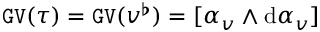
\mathtt { G V } ( \tau ) = \mathtt { G V } ( v ^ { \flat } ) = [ \alpha _ { v } \wedge \mathrm { d } \alpha _ { v } ]